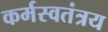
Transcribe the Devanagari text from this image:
कर्मस्वतंत्रय